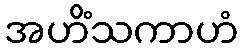
အဟိံသကာဟံ